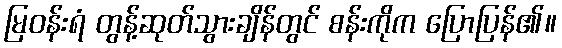
မြဝန်းရံ တွန့်ဆုတ်သွားချိန်တွင် စန်းကိုက ပြောပြန်၏။